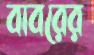
বাবরের